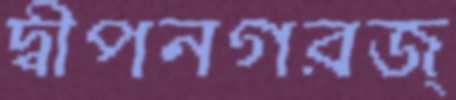
দ্বীপনগরজ্